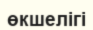
өкшелігі